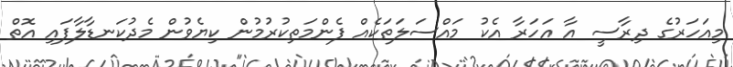
މިއަހަރުގެ ދިރާސީ އާ އަހަރާ އެކު މައްސަލަތަކެއް ފެންމަތިކުރުމުން ކިޔެވުން މެދުކަނޑާލާފައި އޮތް